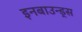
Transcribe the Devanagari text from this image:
इनबाउन्ड्स